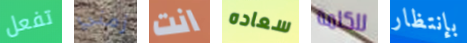
تفعل زمني انت سعاده للكلمة بإنتظار